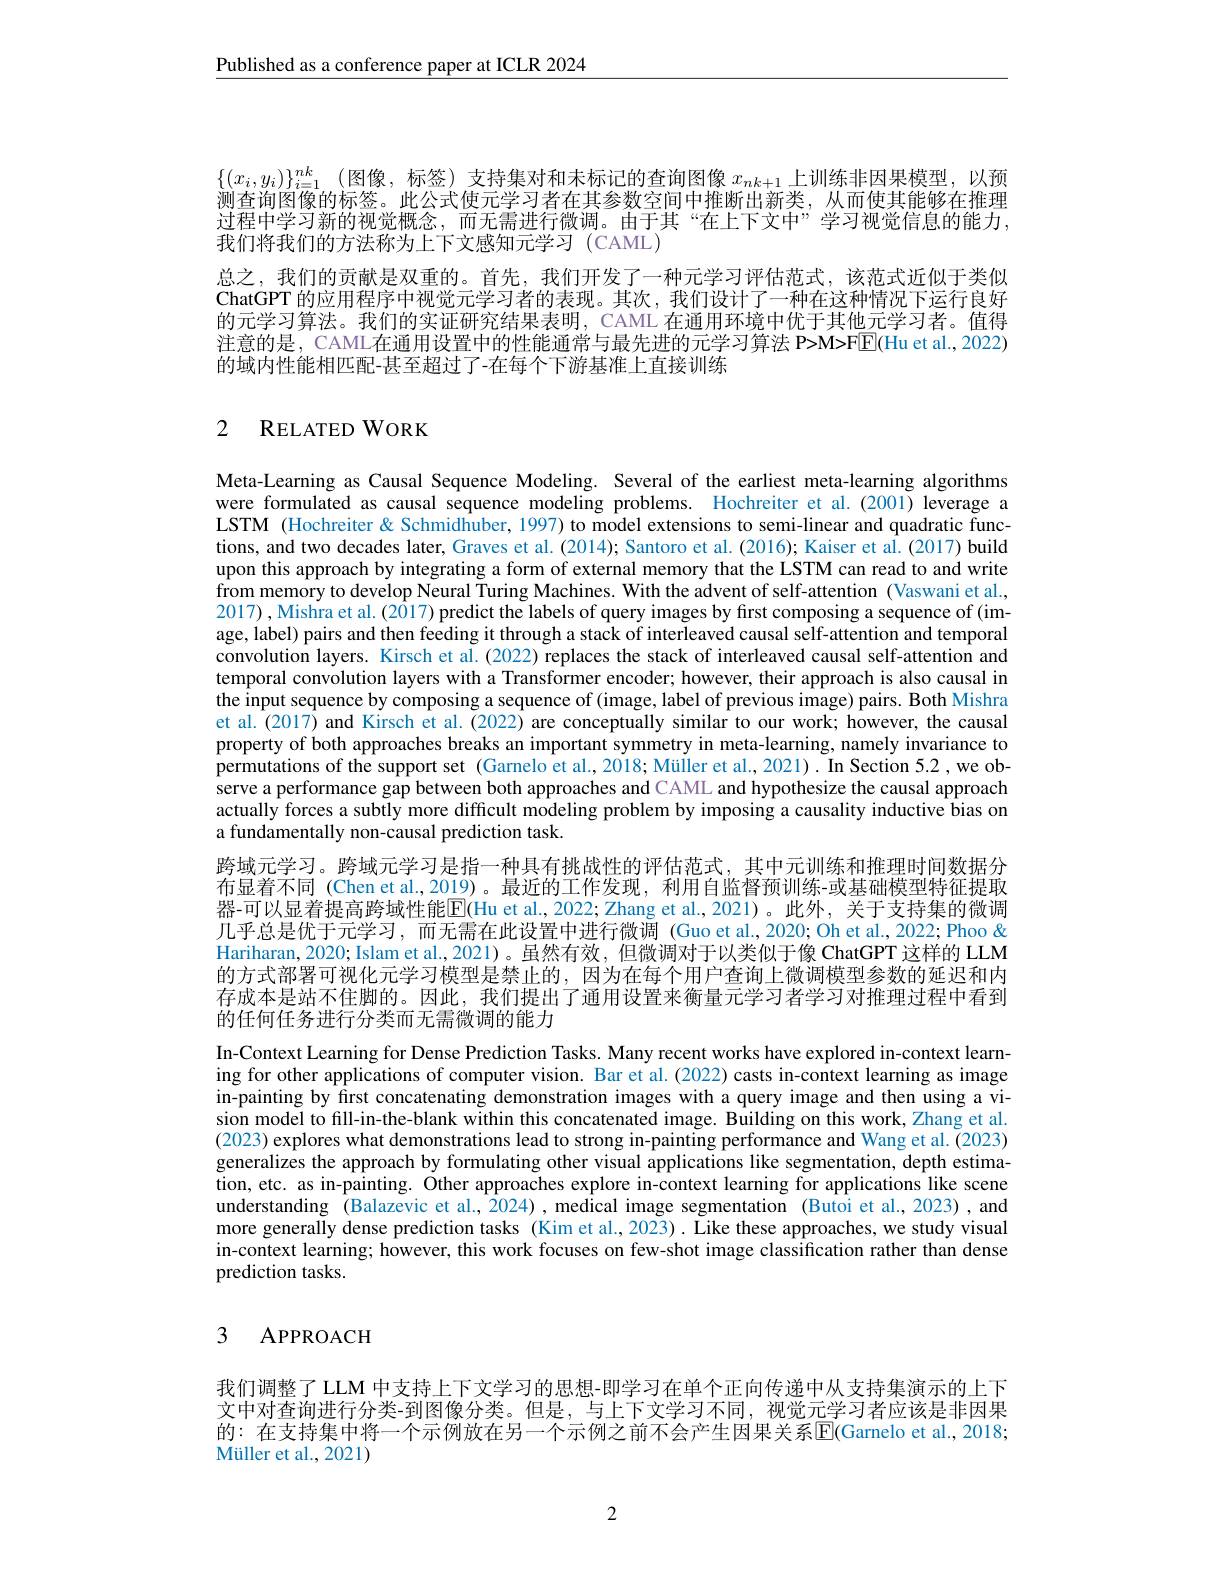
Published as a conference paper at ICLR 2024

$\{ ( x_i, y_i) \} _{i= 1}^{nk}$ (图像，标签)支持集对和未标记的查询图像 $x_{nk+1}$ 上训练非因果模型，以预测查询图像的标签。此公式使元学习者在其参数空间中推断出新类，从而使其能够在推理过程中学习新的视觉概念，而无需进行微调。由于其“在上下文中”学习视觉信息的能力， 我们将我们的方法称为上下文感知元学习 (CAML)
总之，我们的贡献是双重的。首先，我们开发了一种元学习评估范式，该范式近似于类似ChatGPT 的应用程序中视觉元学习者的表现。其次，我们设计了一种在这种情况下运行良好的元学习算法。我们的实证研究结果表明，CAML 在通用环境中优于其他元学习者。值得注意的是，CAML在通用设置中的性能通常与最先进的元学习算法 P>M>FE(Hu et al., 2022) 的域内性能相匹配-甚至超过了-在每个下游基准上直接训练

### 2 RELATEDWORK

Meta-Learning as Causal Sequence Modeling. Several of the earliest meta-learning algorithms were formulated as causal sequence modeling problems. Hochreiter et al.(2001) leverage a LSTM (Hochreiter & Schmidhuber, 1997) to model extensions to semi-linear and quadratic functions, and two decades later, Graves et al. (2014); Santoro et al. (2016); Kaiser et al. (2017) build upon this approach by integrating a form of external memory that the LSTM can read to and write from memory to develop Neural Turing Machines. With the advent of self-attention (Vaswani et al., 2017), Mishra et al. (2017) predict the labels of query images by first composing a sequence of (image, label) pairs and then feeding it through a stack of interleaved causal self-attention and temporal convolution layers. Kirsch et al.(2022) replaces the stack of interleaved causal self-attention and temporal convolution layers with a Transformer encoder; however, their approach is also causal in the input sequence by composing a sequence of (image, label of previous image) pairs. Both Mishra et al.(2017) and Kirsch et al.(2022) are conceptually similar to our work; however, the causal property of both approaches breaks an important symmetry in meta-learning, namely invariance to permutations of the support set (Garnelo et al., 2018; Müller et al., 2021). In Section 5.2 , we observe a performance gap between both approaches and CAML and hypothesize the causal approach actually forces a subtly more difficult modeling problem by imposing a causality inductive bias on a fundamentally non-causal prediction task.
跨域元学习。跨域元学习是指一种具有挑战性的评估范式，其中元训练和推理时间数据分布显着不同 (Chen et al.,2019)。最近的工作发现，利用自监督预训练-或基础模型特征提取器-可以显着提高跨域性能$\mathbb{E}($Hu et al, 2022; Zhang et al, 2021)。此外，关于支持集的微调几乎总是优于元学习，而无需在此设置中进行微调 (Guo et al.,2020; Oh et al.,2022; Phoo & Hariharan, 2020; Islam et al.,2021)。虽然有效，但微调对于以类似于像 ChatGPT 这样的 LLM 的方式部署可视化元学习模型是禁止的，因为在每个用户查询上微调模型参数的延迟和内存成本是站不住脚的。因此，我们提出了通用设置来衡量元学习者学习对推理过程中看到的任何任务进行分类而无需微调的能力
In-Context Learning for Dense Prediction Tasks. Many recent works have explored in-context learning for other applications of computer vision. Bar et al.(2022) casts in-context learning as image in-painting by first concatenating demonstration images with a query image and then using a vision model to fill-in-the-blank within this concatenated image. Building on this work, Zhang et al. (2023) explores what demonstrations lead to strong in-painting performance and Wang et al. (2023) generalizes the approach by formulating other visual applications like segmentation, depth estimation, etc. as in-painting. Other approaches explore in-context learning for applications like scene understanding (Balazevic et al., 2024),medical image segmentation (Butoi et al., 2023), and more generally dense prediction tasks (Kim et al., 2023) . Like these approaches, we study visual in-context learning; however, this work focuses on few-shot image classification rather than dense prediction tasks.

## 3 APPROACH

我们调整了 LLM 中支持上下文学习的思想-即学习在单个正向传递中从支持集演示的上下文中对查询进行分类-到图像分类。但是，与上下文学习不同，视觉元学习者应该是非因果的：在支持集中将一个示例放在另一个示例之前不会产生因果关系$\overline{\mathrm{E}}($Garnelo et al.,2018 Müller et al., 2021)

2